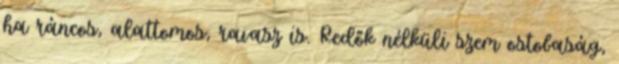
ha ráncos, alattomos, ravasz is. Redők nélküli szem ostobaság,